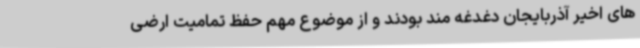
های اخیر آذربایجان دغدغه مند بودند و از موضوع مهم حفظ تمامیت ارضی